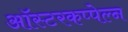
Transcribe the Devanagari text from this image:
ऑस्टरकप्पेल्न